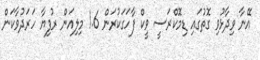
އޭނާ ވިދާޅުވި ގޮތުގައި ޑިމޮކްރަސީ ވީކް ފާހަގަކުރަން 1.6 މިލިއަން ރުފިޔާ ހަރަދުވާކަން